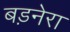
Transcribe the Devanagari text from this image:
बड़नेरा